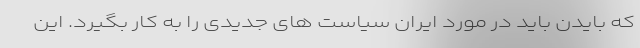
که بایدن باید در مورد ایران سیاست های جدیدی را به کار بگیرد. این